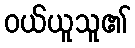
ဝယ်ယူသူ၏